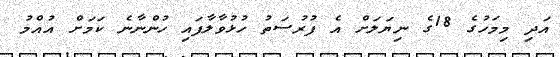
އަދި މިމަހުގެ 18ގެ ނިޔަލަށް އެ ފުރުސަތު ހުޅުވާލާފައި ހުންނާނެ ކަމަށް އުއްމު